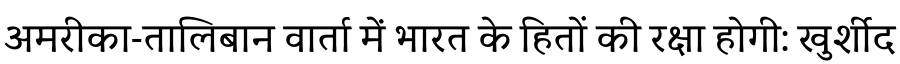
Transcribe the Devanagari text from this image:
अमरीका-तालिबान वार्ता में भारत के हितों की रक्षा होगी: खुर्शीद